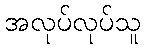
အလုပ်လုပ်သူ